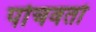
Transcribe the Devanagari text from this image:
पोचवतो